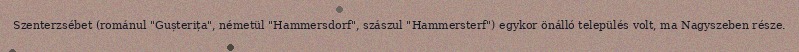
Szenterzsébet (románul "Gușterița", németül "Hammersdorf", szászul "Hammersterf") egykor önálló település volt, ma Nagyszeben része.